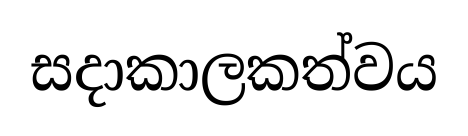
සදාකාලකත්වය